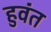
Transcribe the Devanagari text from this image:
हुवंत